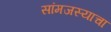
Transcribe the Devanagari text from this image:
सांमजस्याचा